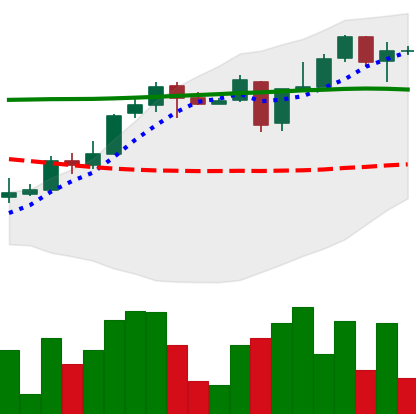
Ticker: XLM-USD
Chart end date: 2018-05-02
Forward return: -9.91%
Label: down_7plus